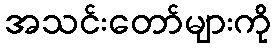
အသင်းတော်များကို